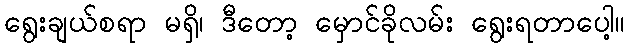
ရွေးချယ်စရာ မရှိ၊ ဒီတော့ မှောင်ခိုလမ်း ရွေးရတာပေါ့။